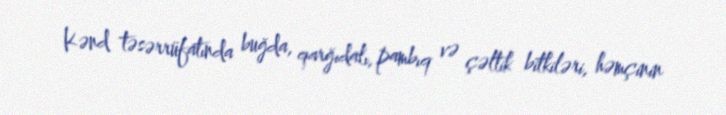
Kənd təsərrüfatında buğda, qarğıdalı, pambıq və çəltik bitkiləri, həmçinin